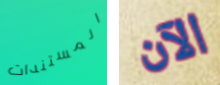
المستندات الآن